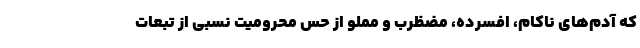
که آدم‌های ناکام، افسرده، مضظرب و مملو از حس محرومیت نسبی از تبعات